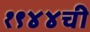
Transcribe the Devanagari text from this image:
१९४४ची